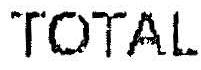
TOTAL